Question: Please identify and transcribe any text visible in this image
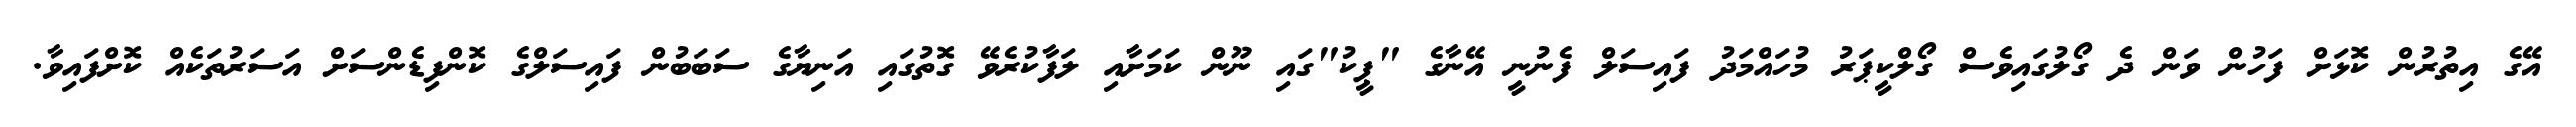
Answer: އޭގެ އިތުރުން ކޮޅަށް ފަހުން ވަން ދެ ގޯލުގައިވެސް ގޯލްކީޕަރު މުހައްމަދު ފައިސަލް ފެނުނީ އޭނާގެ "ޕީކު"ގައި ނޫން ކަމަށާއި ލަފާކުރެވޭ ގޮތުގައި އަނިޔާގެ ސަބަބުން ފައިސަލްގެ ކޮންފިޑެންސަށް އަސަރުތަކެއް ކޮށްފައިވާ.